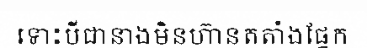
ទោះបីជានាងមិនហ៊ានតតាំងផ្នែក